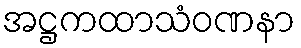
အဋ္ဌကထာသံဝဏနာ